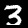
Label: 3